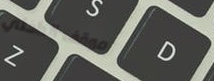
موقف الداخلي